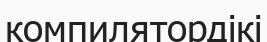
компилятордікі